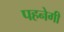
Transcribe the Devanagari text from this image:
पहनेगी